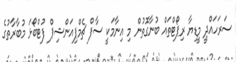
ސަރަހައްދީ މީޑިޔާ ރިޕޯޓްތައް ބުނާގޮތުން މި އިނާމަކީ ސާފް ޗެމްޕިއަންޝިޕް ފުޓްބޯޅަ މުބާރާތުގެ